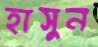
হাসুন